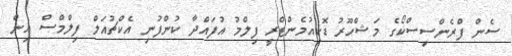
ސެން ފްރެންސިސްކޯގެ މަޝްހޫރު ޑޮކިއުމެންޓްރީ ފިލްމު އުފައްދާ ކުންފުނި އެކްޗުއަލް ފިލްމްސް އިން